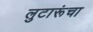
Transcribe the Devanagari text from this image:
लुटारूंचा